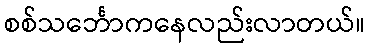
စစ်သင်္ဘောကနေလည်းလာတယ်။